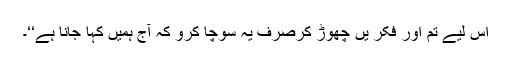
اس لیے تم اور فکر یں چھوڑ کرصرف یہ سوچا کرو کہ آج ہمیں کہا جانا ہے‘‘۔